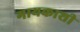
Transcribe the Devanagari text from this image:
गायकाशी